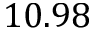
1 0 . 9 8